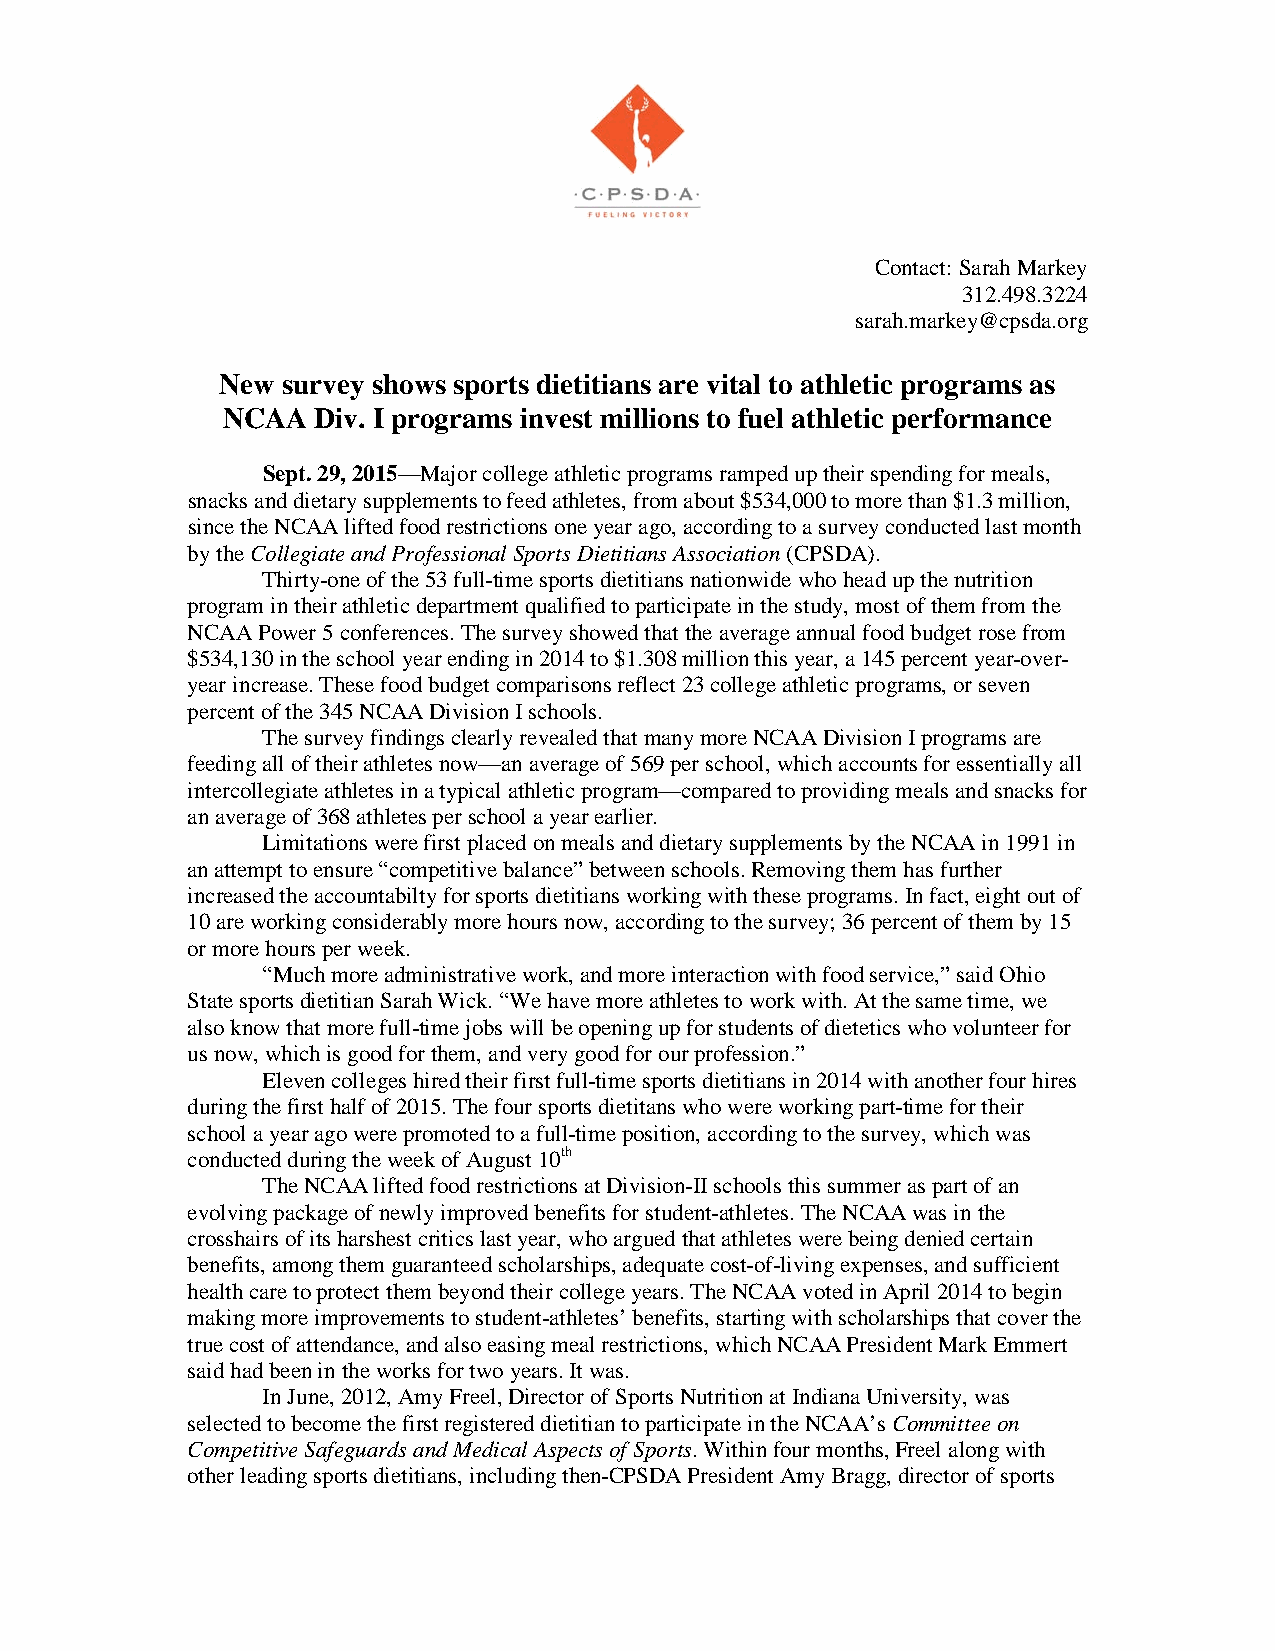
Contact: Sarah Markey
 312.498.3224
 sarah.markey@cpsda.org
 New survey shows sports dietitians are vital to athletic programs as
 NCAA  Div. I programs invest millions to fuel athletic performance
 Sept. 29, 2015—Major college athletic programs ramped up their spending for meals,
 snacks and dietary supplements to feed athletes, from about $534,000 to more than $1.3 million,
 since the NCAA lifted food restrictions one year ago, according to a survey conducted last month
 by the Collegiate and Professional Sports Dietitians Association (CPSDA).
 Thirty-one of the 53 full-time sports dietitians nationwide who head up the nutrition
 program in their athletic department qualified to participate in the study, most of them from the
 NCAA Power 5 conferences. The survey showed that the average annual food budget rose from
 $534,130 in the school year ending in 2014 to $1.308 million this year, a 145 percent year-over-
 year increase. These food budget comparisons reflect 23 college athletic programs, or seven
 percent of the 345 NCAA Division I schools.
 The survey findings clearly revealed that many more NCAA Division I programs are
 feeding all of their athletes now—an average of 569 per school, which accounts for essentially all
 intercollegiate athletes in a typical athletic program—compared to providing meals and snacks for
 an average of 368 athletes per school a year earlier.
 Limitations were first placed on meals and dietary supplements by the NCAA in 1991 in
 an attempt to ensure “competitive balance” between schools. Removing them has further
 increased the accountabilty for sports dietitians working with these programs. In fact, eight out of
 10 are working considerably more hours now, according to the survey; 36 percent of them by 15
 or more hours per week.
 “Much more administrative work, and more interaction with food service,” said Ohio
 State sports dietitian Sarah Wick. “We have more athletes to work with. At the same time, we
 also know that more full-time jobs will be opening up for students of dietetics who volunteer for
 us now, which is good for them, and very good for our profession.”
 Eleven colleges hired their first full-time sports dietitians in 2014 with another four hires
 during the first half of 2015. The four sports dietitans who were working part-time for their
 school a year ago were promoted to a full-time position, according to the survey, which was
 conducted during the week of August 10th
 The NCAA lifted food restrictions at Division-II schools this summer as part of an
 evolving package of newly improved benefits for student-athletes. The NCAA was in the
 crosshairs of its harshest critics last year, who argued that athletes were being denied certain
 benefits, among them guaranteed scholarships, adequate cost-of-living expenses, and sufficient
 health care to protect them beyond their college years. The NCAA voted in April 2014 to begin
 making more improvements to student-athletes’ benefits, starting with scholarships that cover the
 true cost of attendance, and also easing meal restrictions, which NCAA President Mark Emmert
 said had been in the works for two years. It was.
 In June, 2012, Amy Freel, Director of Sports Nutrition at Indiana University, was
 selected to become the first registered dietitian to participate in the NCAA’s Committee on
 Competitive Safeguards and Medical Aspects of Sports. Within four months, Freel along with
 other leading sports dietitians, including then-CPSDA President Amy Bragg, director of sports